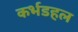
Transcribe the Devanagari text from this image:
कर्भडहल